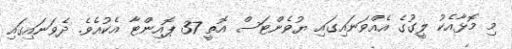
މި މޮޅާއެކު ލީގުގެ އެއްވަނައިގައި ޔުވެންޓަސް އޮތީ 37 ޕޮއިންޓާ އެކުއެވެ. ދެވަނައިގައި